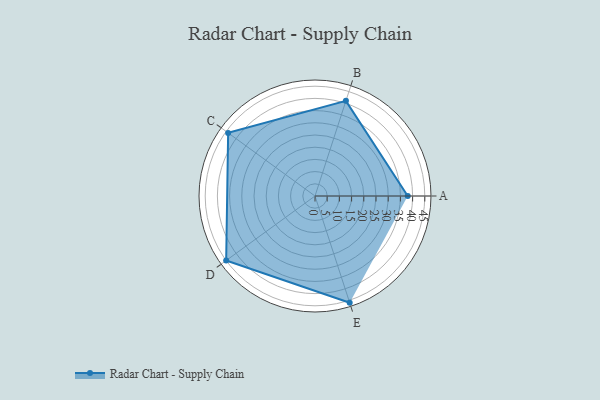
{"axis": {"x": "Skill", "y": "Score"}, "legend": ["Profile"], "data": [{"x": "A", "y": 38.0, "type": "Profile"}, {"x": "B", "y": 41.0, "type": "Profile"}, {"x": "C", "y": 44.0, "type": "Profile"}, {"x": "D", "y": 45.0, "type": "Profile"}, {"x": "E", "y": 46.0, "type": "Profile"}]}